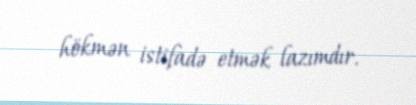
hökmən istifadə etmək lazımdır.